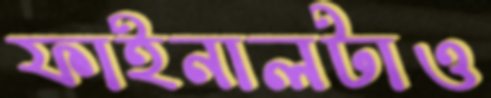
ফাইনালটাও